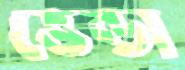
ভেন্ডা